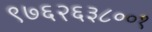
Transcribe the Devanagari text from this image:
९७६२६३८००१